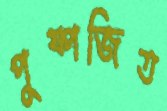
পুষ্পজিত